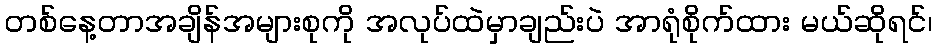
တစ်နေ့တာအချိန်အများစုကို အလုပ်ထဲမှာချည်းပဲ အာရုံစိုက်ထား မယ်ဆိုရင်၊